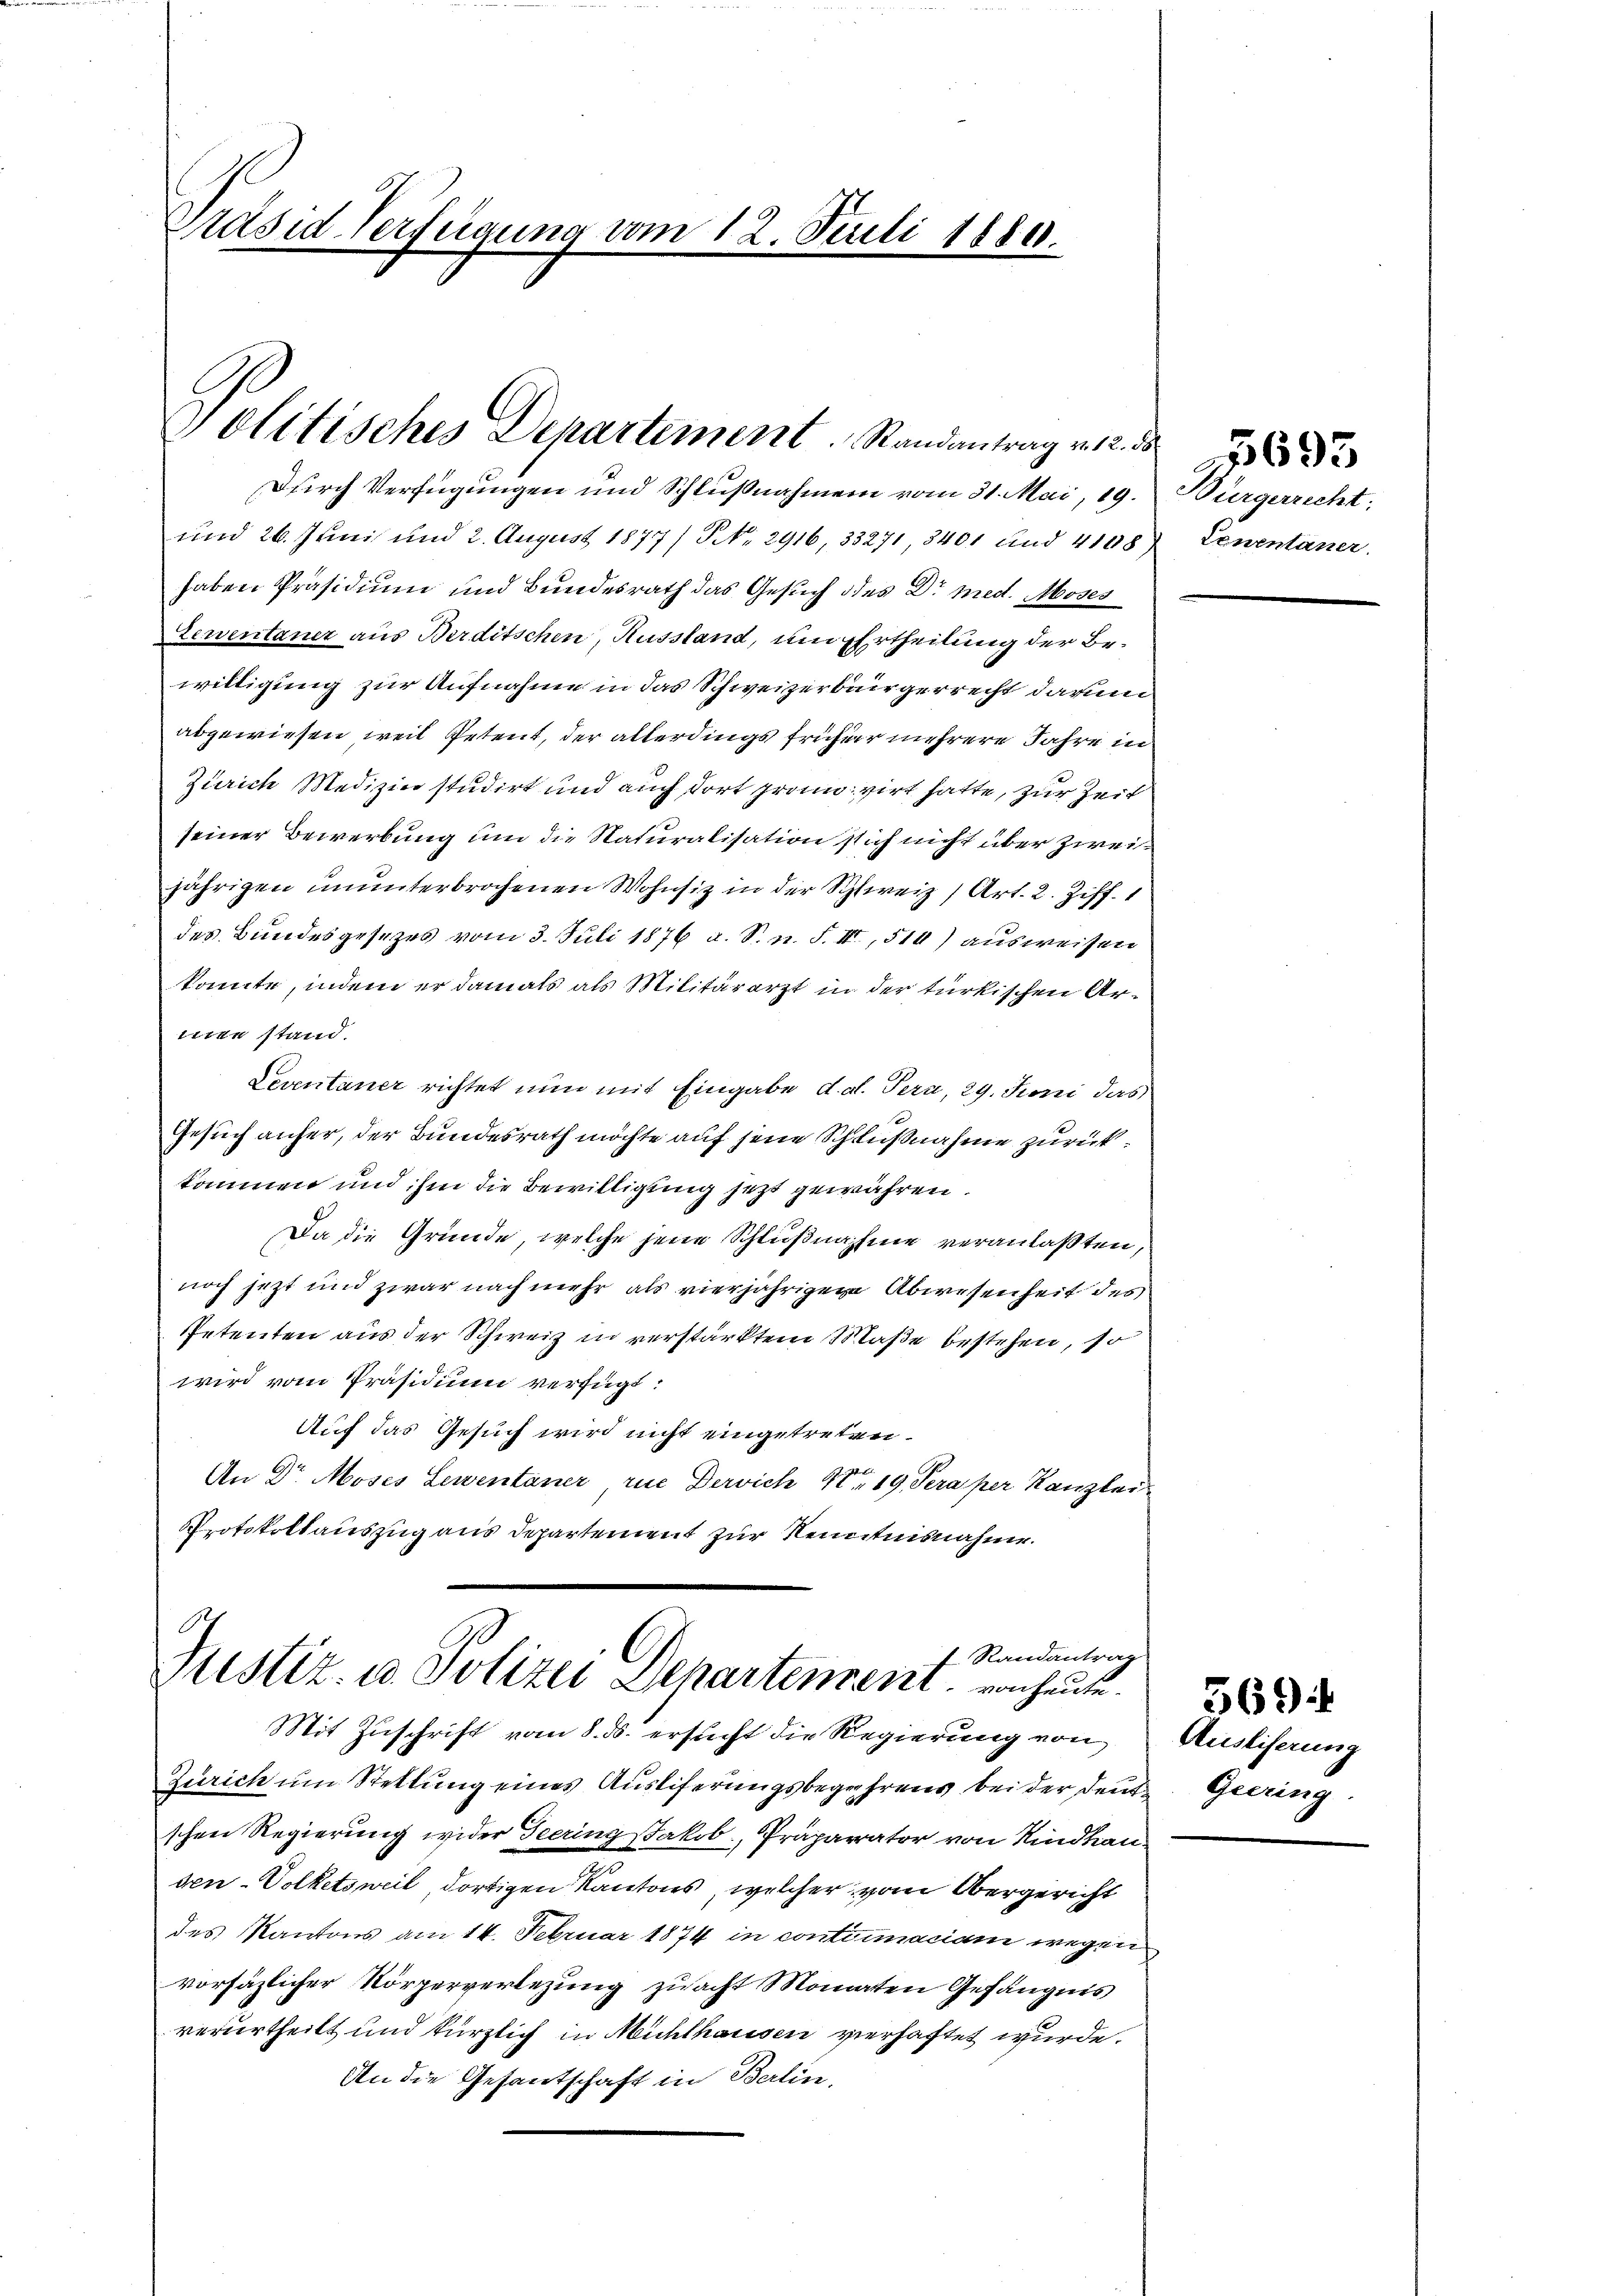
Präsid. Verteigung vom 12. Juli 1880.

Politisches Departement Randantrag v. 12. d

Durch Verfügungen und Schlußnahmen vom 31. Mai, 19.
und 26. Juni und 2. August 1877/ NNo. 2916, 33271, 3401 und 4108) Lewentäner
haben Präsidium und Bundesrath das Gesuch des Dr med. Aboses
zerventaner aus Berditschen, Russland, um Ertheilung der Bewilligung zur Aufnahme in das Schweizerbürgerrecht darun
abgewiesen, weil Petent, der allerdings früher mehrere Jahre in
Zürich Medizin studirt und auch dort gram virt hatte, zur Zeit
seiner Bewerbung um die Naturalisation sich nicht über zweijährigen ununterbrochenen Wohnsiz in der Schweiz (Art. 2. Ziff.
des Bundesgesezes vom 3. Juli 1876 a. S. n. F. II, 510) ausweisen
konnte, indem er damals als Militärarzt in der türkischen Areien stand.
Seventaner richtet nun mit Eingabe d. d. Tera, 29. Juni das
Gesuch anher, der Bundesrath möchte auf jene Schlußnahme zurückkommen und ihm die Bewilligung jetzt gewähren.
Da die Gründe, welche jene Schlußnahme veranlaßten,
noch jetzt und zwar nach mehr als vierjährigene Abwesenheit des
Petenten aus der Schweiz in verstärktem Maße bestehen, so
wird vom Präsidium verfügt:
Auf das Gesuch wird nicht eingetreten.
An Dr. Moses Lewentaner rue Dervich Nr. 19. Sera per Kanzler
Protokollauszug aus Departement zur Kenntnisnahme.

7 Randantrag
Justiz- u. Polizei Departement von heute.

Mit Zuschrift vom 8. ds. ersucht die Regierung von
Zürich um Stellung eines Auslieferungsbegehrens bei der Deutschen Regierung wider Teering Jakob, Präparator von Rindkau.
e
den-Volketsweil, dortigen Kantons, welcher vom Obergericht
des Kantons am 14. Februar 1874 in contiimaciam wegen
vorsäzlicher Körperverlegung zuacht Monaten Gefängnis
verurtheilt und kürzlich in Mühlhausen vierhaftet wurde.
An die Gesantschaft in Berlin.

Bürgerrecht;

569
Ausliferung
Guung